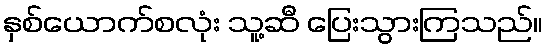
နှစ်ယောက်စလုံး သူ့ဆီ ပြေးသွားကြသည်။